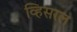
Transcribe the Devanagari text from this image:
व्हिसरल